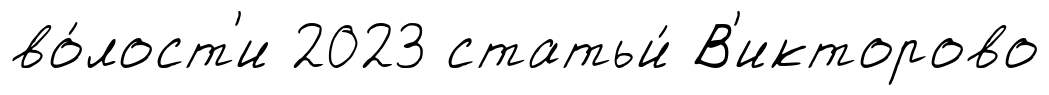
во́лост'и 2023 статьи́ В'икторово